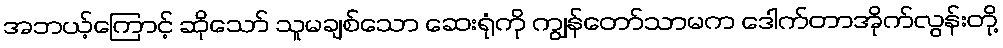
အဘယ့်ကြောင့် ဆိုသော် သူမချစ်သော ဆေးရုံကို ကျွန်တော်သာမက ဒေါက်တာအိုက်လွန်းတို့